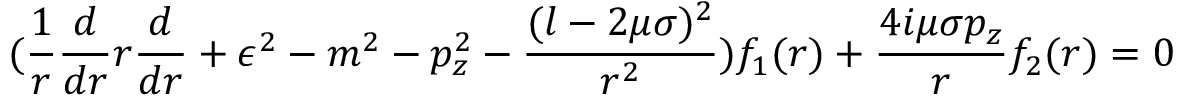
( \frac { 1 } { r } \frac { d } { d r } r \frac { d } { d r } + \epsilon ^ { 2 } - m ^ { 2 } - p _ { z } ^ { 2 } - \frac { ( l - 2 \mu \sigma ) ^ { 2 } } { r ^ { 2 } } ) f _ { 1 } ( r ) + \frac { 4 i \mu \sigma p _ { z } } { r } f _ { 2 } ( r ) = 0